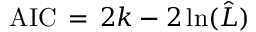
\mathrm { A I C } \, = \, 2 k - 2 \ln ( { \hat { L } } )